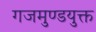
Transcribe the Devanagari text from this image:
गजमुण्डयुक्त